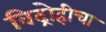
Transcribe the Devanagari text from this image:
विद्रोहीचा